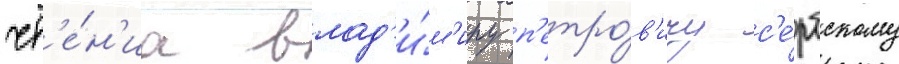
чт'е́н'иа влад'и́м'иру п'етро́в'ичу с'е́рбскому